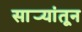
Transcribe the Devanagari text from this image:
सार्‍यांतून